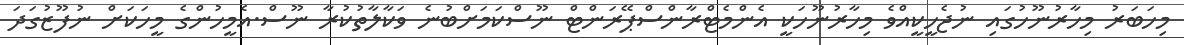
މިހަބަރު މިހާރުނޫހުގައި ނުޖެހީކީއްވެ މިހާރުނޫހަކީ އެންމެޓްރާންސްޕޭރަންޓް ނޫސްކަމަށްބުނެ ވަކާލާތުކުރާ ނޫސް.އެމީހުންގެ މީހަކަށް ނުފޫޒުގަދަ